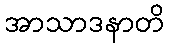
အာသာဒနာတိ